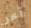
آخر